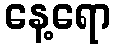
နေ့ရော